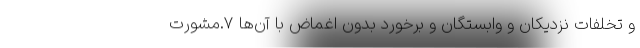
و تخلفاتِ نزدیکان و وابستگان و برخورد بدون اغماض با آن‌ها ۷.مشورت